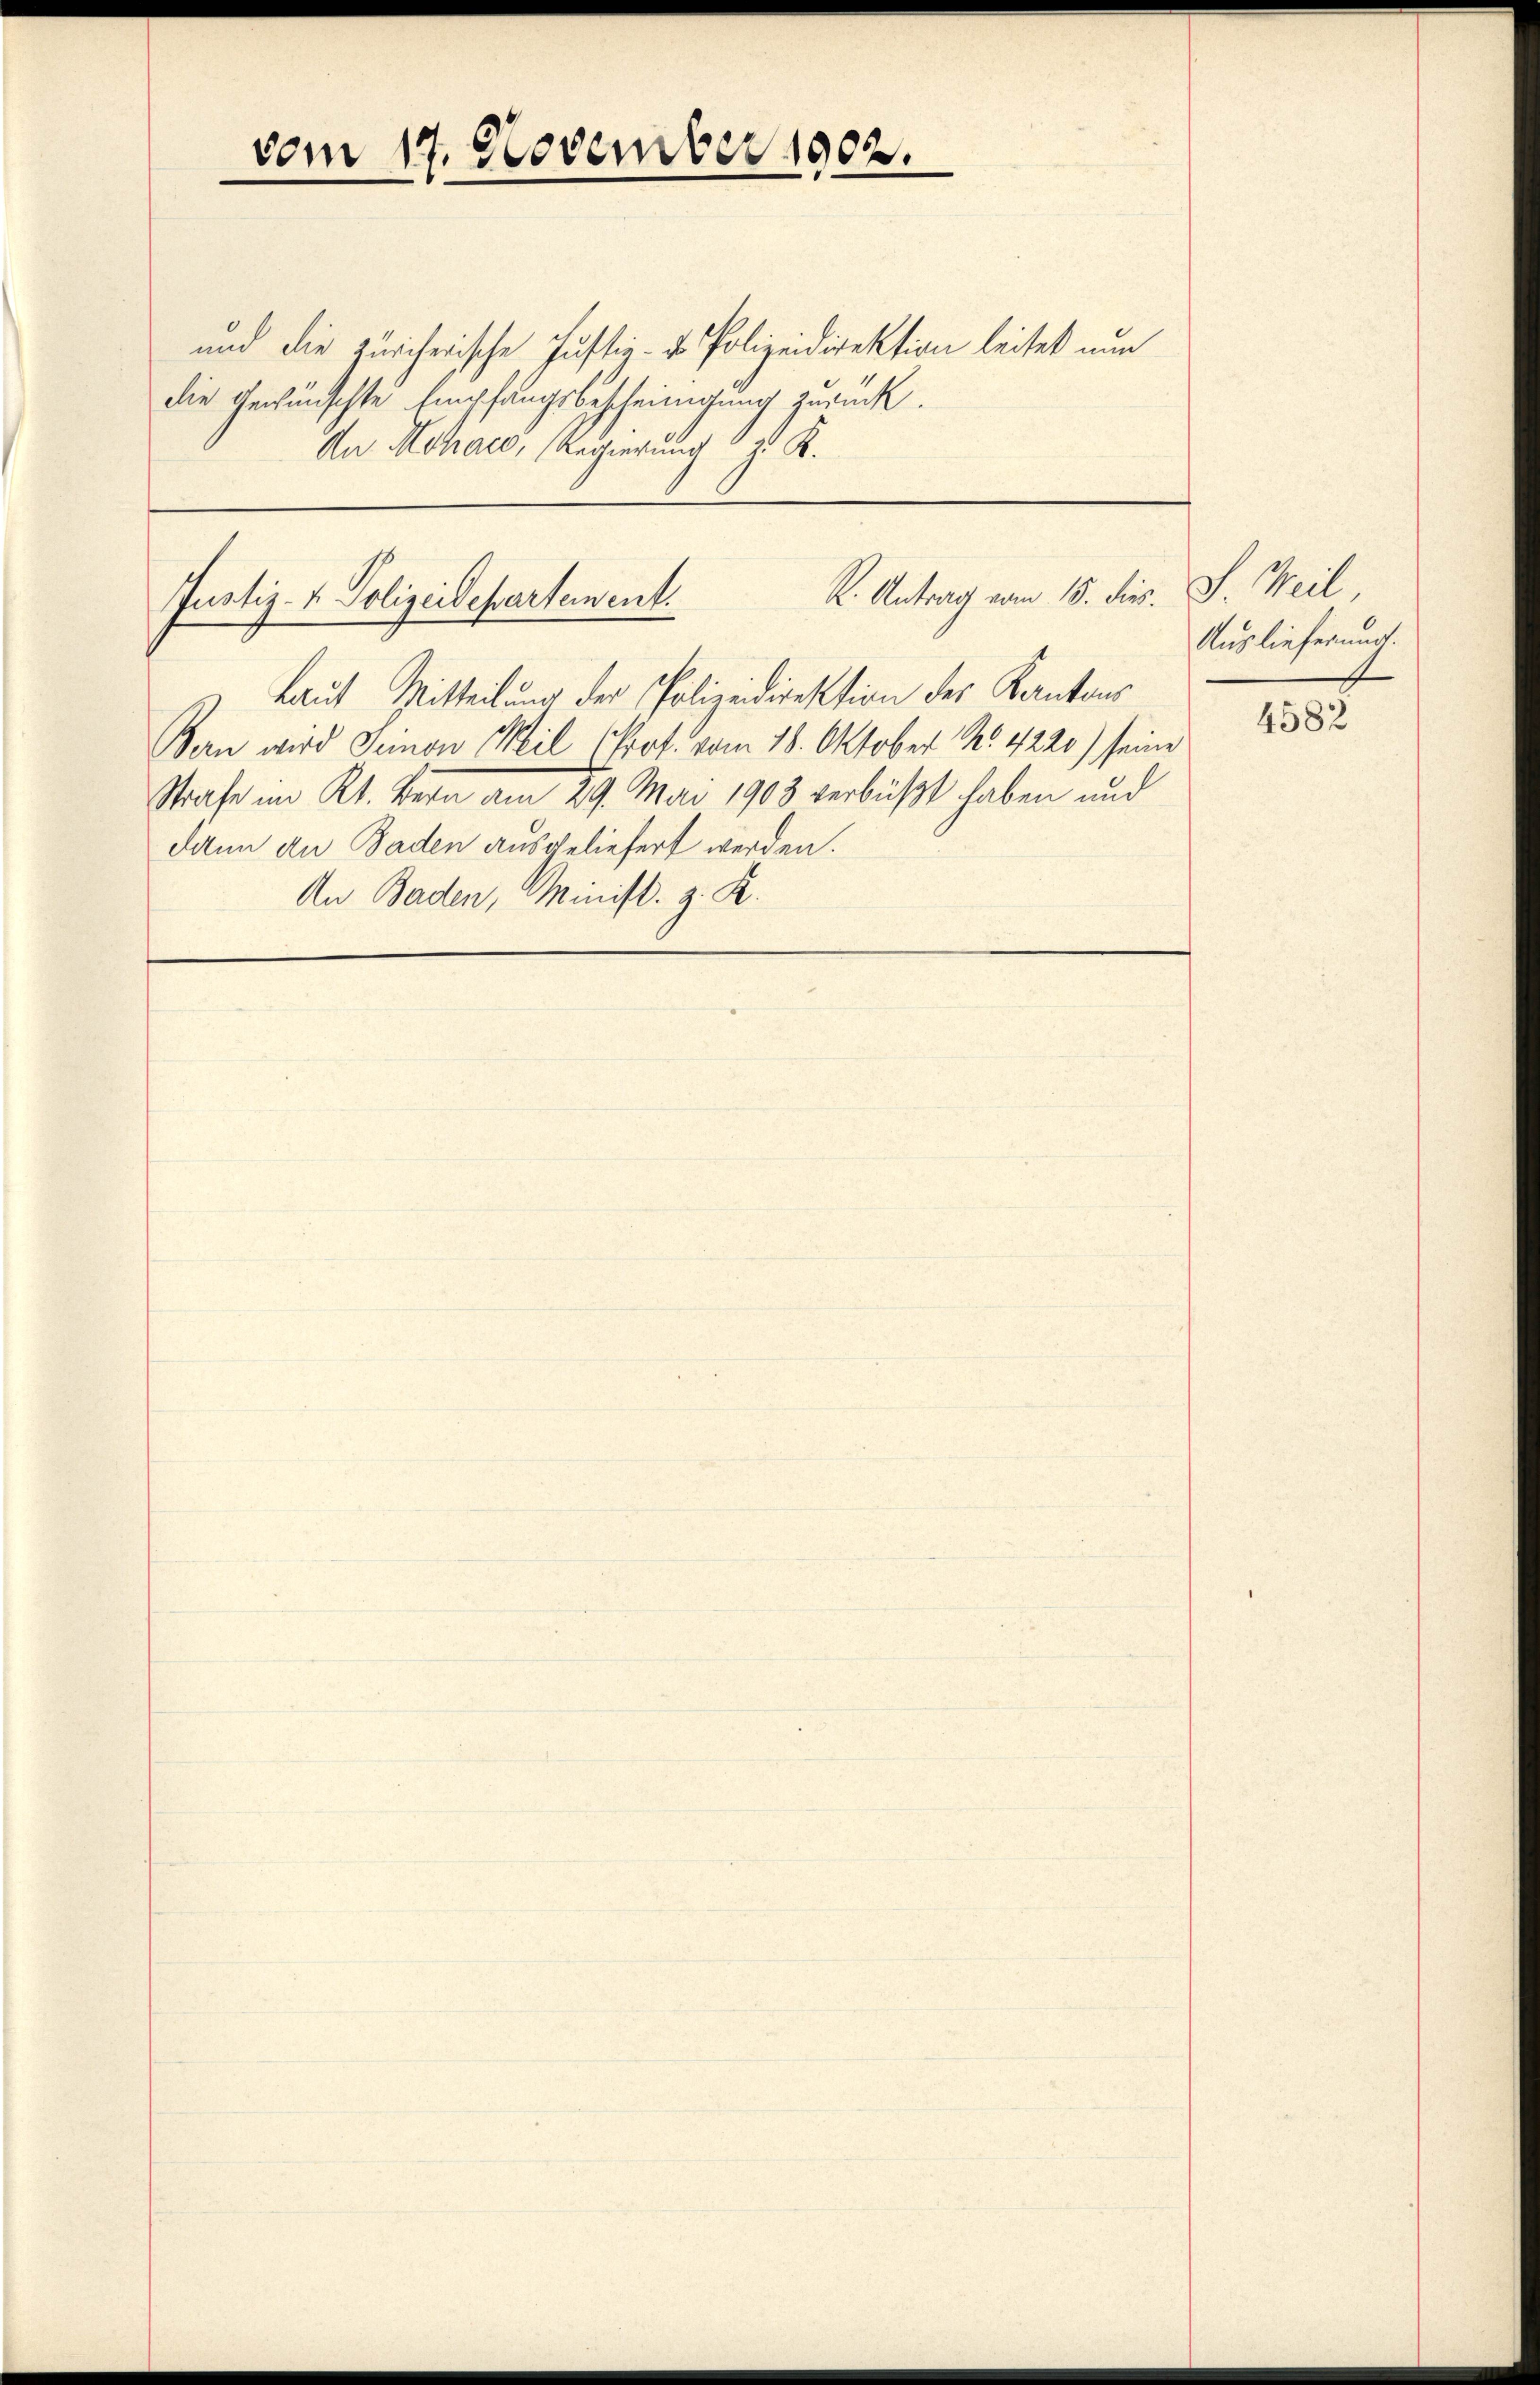
und die zürcherische Justiz- & Polizeidirektion leitet nun
die gewünschte Empfangsbescheinigung zurück.
An Mohae, Regierung 1 25 K.

vom 17. November 1902.

R. Antrag vom 15. dies. J. Weil,
Justiz- & Polizeidepartement.

laut Mitteilung der Polizeidirektion des Kantons
Bern wird Seinen Weil Prof. vom 18. Oktober No. 4220) seine
Strafe im Kt. Bern am 29. Mai 1903 verbüßt haben und
dann an Baden ausgeliefert werden.
An Baden, Minist. z. R.

Auslieferung.

4582